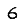
Digit: 6